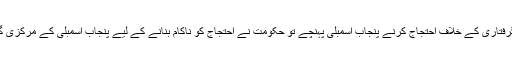
رپورٹ کے مطابق مسلم لیگ (ن) کے ارکان پنجاب اسمبلی پارٹی کے صدر شہباز شریف کی گرفتاری کے خلاف احتجاج کرنے پنجاب اسمبلی پہنچے تو حکومت نے احتجاج کو ناکام بنانے کے لیے پنجاب اسمبلی کے مرکزی گیٹ کو خاردار تاریں لگا کر مکمل طور پر بند کردیا اور پولیس کی بھاری نفری تعینات کردی۔